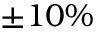
\pm 1 0 \%